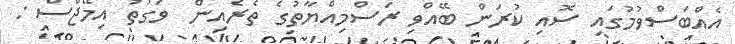
އެއްބަސްވުމުގައި ސޮއި ކުރަން ބޭއްވި ރަސްމިއްޔާތުގެ ތެރެއިން  ވަގުތު އިމޭޖްސް :